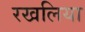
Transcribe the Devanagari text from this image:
रखलिया